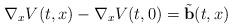
LaTeX: \begin{align*} \nabla_x V(t,x)-\nabla_x V(t,0)=\tilde{\mathbf{b}}(t,x) \end{align*}